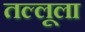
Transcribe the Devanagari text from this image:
तल्लूला